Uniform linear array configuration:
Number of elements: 24
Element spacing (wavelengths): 1
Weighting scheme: uniform
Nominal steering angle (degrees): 45
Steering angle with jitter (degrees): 44.58
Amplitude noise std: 0.05
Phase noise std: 0.05

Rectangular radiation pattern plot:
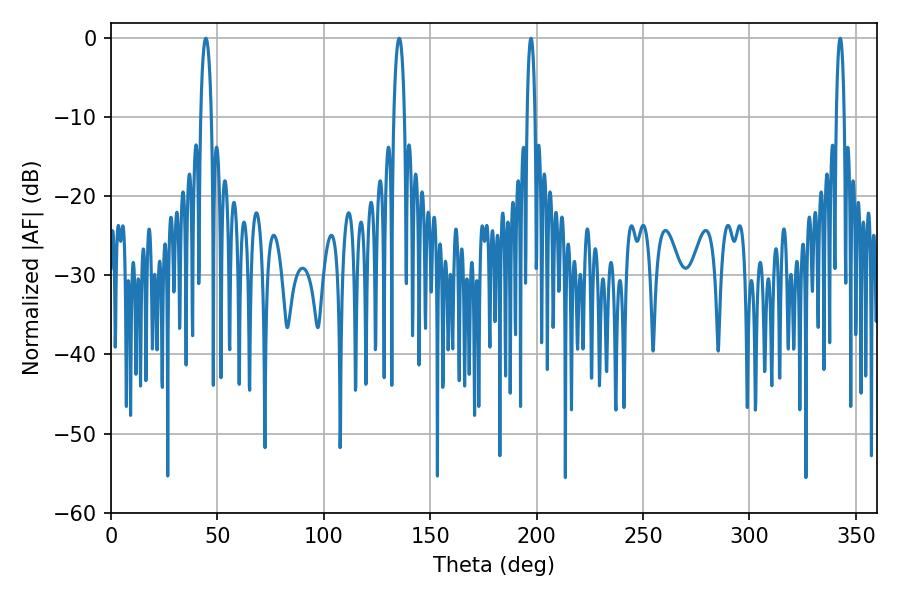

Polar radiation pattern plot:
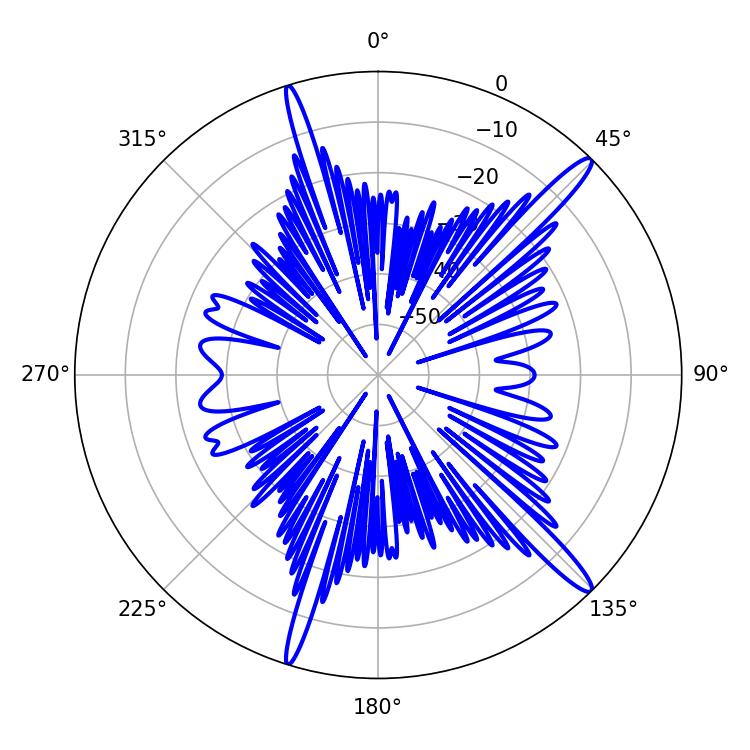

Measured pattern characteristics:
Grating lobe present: TRUE
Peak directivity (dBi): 15.674
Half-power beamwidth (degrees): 2.88
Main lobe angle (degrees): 44.64